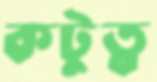
কটুত্ব